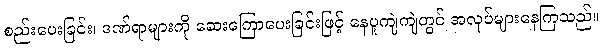
စည်းပေးခြင်း၊ ဒဏ်ရာများကို ဆေးကြောပေးခြင်းဖြင့် နေပူကျဲကျဲတွင် အလုပ်များနေကြသည်။